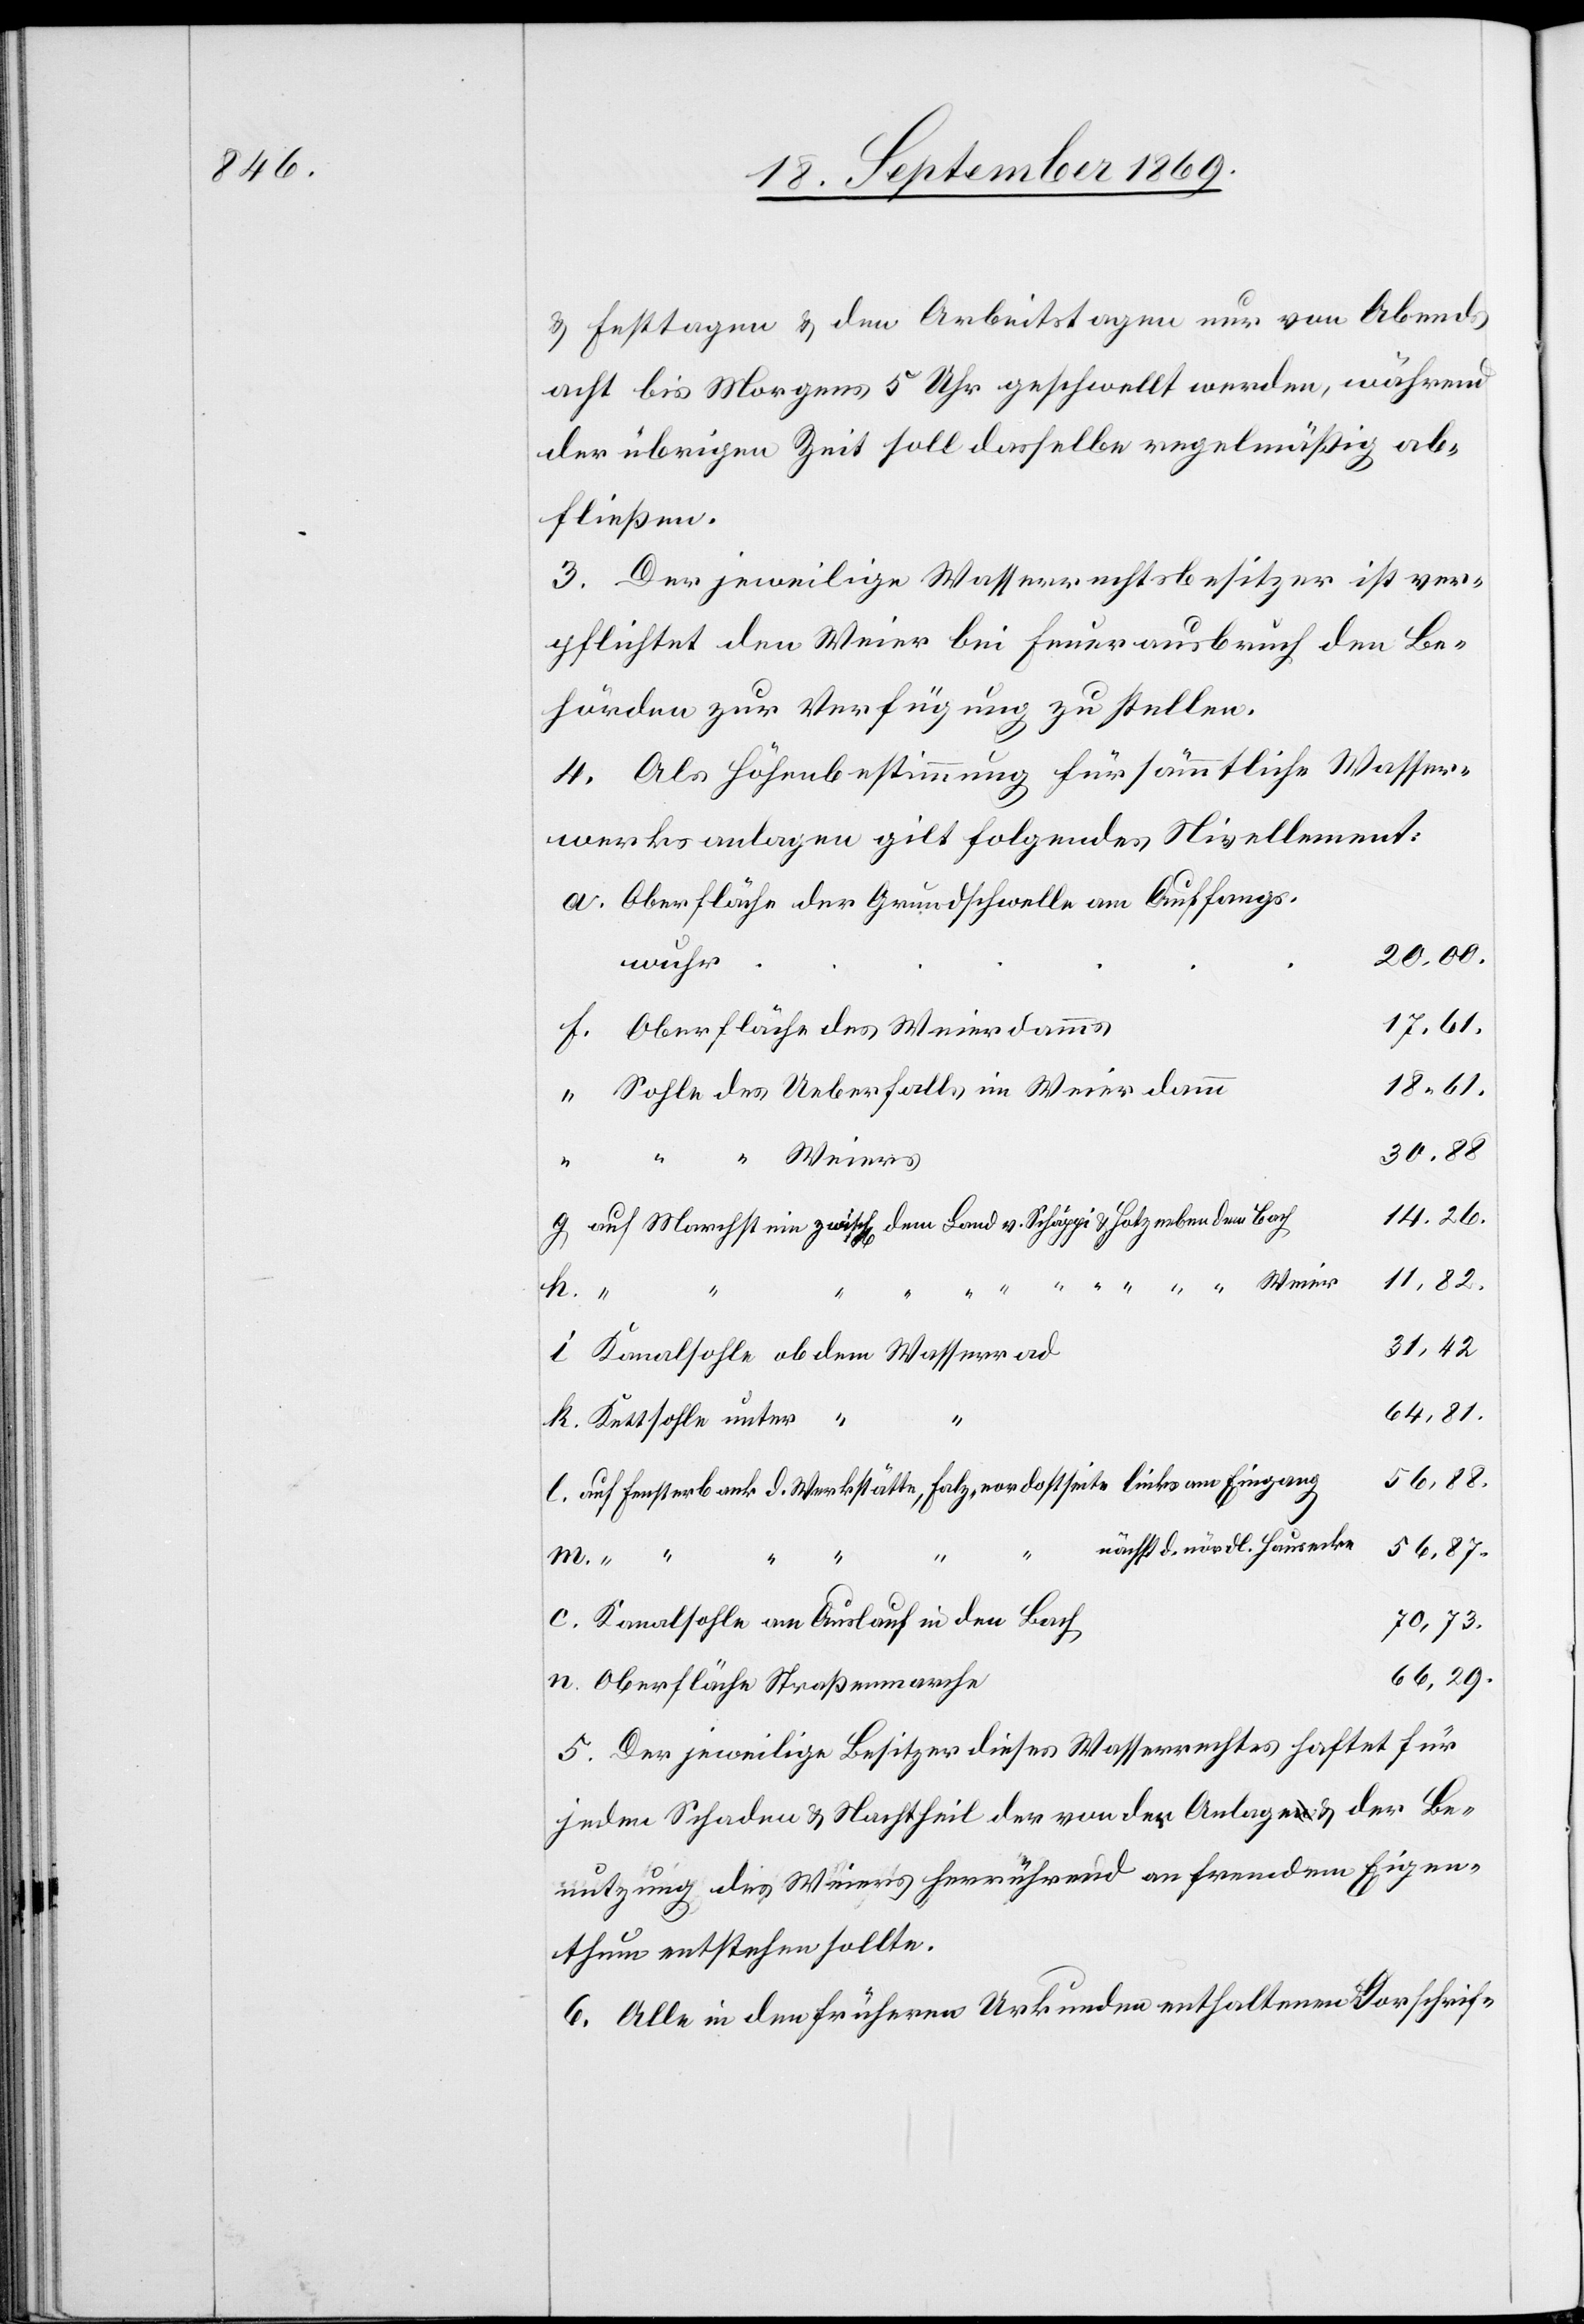
& Festtagen & den Arbeitstagen nur von Abends
acht bis Morgens 5 Uhr geschwellt werden, während
der übrigen Zeit soll dasselbe regelmäßig ab¬
fließen.
3. Der jeweilige Wasserrechtsbesitzer ist ver¬
pflichtet den Weier bei Feuerausbruch den Be¬
hörden zur Verfügung zu stellen.
4. Als Höhenbestimmung für sämmtliche Wasser¬
werksanlagen gilt folgendes Nivellement:
Oberfläche der Grundschwelle am Auffangs¬
20.00.
wuhr
Oberfläche des Weierdamms
18 61.
Sohle des Ueberfalls im Weierdamm
30.88
n.
14.26.
auf Marchstein zwisch[en] dem Land v. Schäppi & Hotz neben dem Bach
11,82.
31,42
Kanalsohle ob dem Wasserrad
64,81.
Kettsohle unter “
56,88.
auf Fensterbank d. Werkstätte, Falz, nordostseite [sic!] links am Eingang
nächst d. nördl. Hausecke
56,87.
Kanalsohle am Auslauf in den Bach
70,73.
66,29.
Oberfläche Straßenmarche
5. Der jeweilige Besitzer dieses Wasserrechtes haftet für
jeden Schaden & Nachtheil der von der Anlage & der Be¬
nutzung des Weiers herrührend an fremdem Eigen¬
thum entstehen sollte.
6. Alle in den früheren Urkunden enthaltenen Vorschrif-